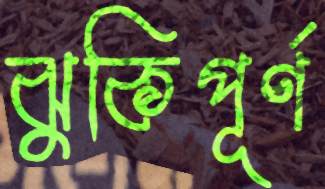
ঝুকিপূর্ণ